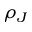
\rho _ { J }